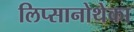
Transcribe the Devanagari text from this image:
लिप्सानोथेका